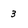
Character: 3